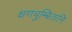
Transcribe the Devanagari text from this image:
क्षणचुम्बितानि